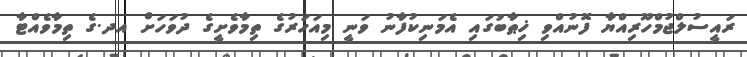
ރައީސުލްޖުމްހޫރިއްޔާ ފޮނުއްވި ޚިޠާބުގައި އެމަނިކުފާނު ވަނީ މިއަހަރުގެ ތިމާވެށީގެ ދުވަހަށް އދ.ގެ ތިމާވެއްޓާ